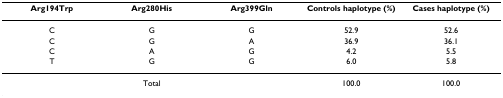
<table><thead><tr><td><b>Arg194Trp</b></td><td><b>Arg280His</b></td><td><b>Arg399Gln</b></td><td><b>Controls haplotype (%)</b></td><td><b>Cases haplotype (%)</b></td></tr></thead><tbody><tr><td>C</td><td>G</td><td>G</td><td>52.9</td><td>52.6</td></tr><tr><td>C</td><td>G</td><td>A</td><td>36.9</td><td>36.1</td></tr><tr><td>C</td><td>A</td><td>G</td><td>4.2</td><td>5.5</td></tr><tr><td>T</td><td>G</td><td>G</td><td>6.0</td><td>5.8</td></tr><tr><td colspan="3">Total</td><td>100.0</td><td>100.0</td></tr></tbody></table>